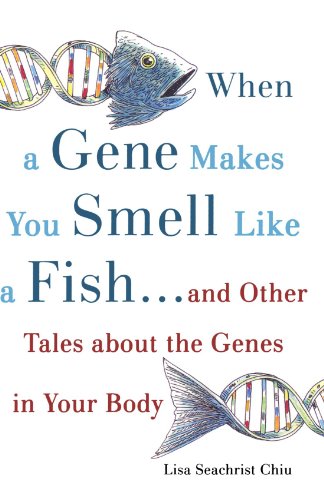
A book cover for When a Gene Makes You Smell Like a Fish: ...and Other Amazing Tales about the Genes in Your Body; Lisa Seachrist Chiu; Humor & Entertainment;